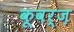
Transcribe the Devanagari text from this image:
कूवर्ज़